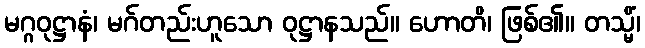
မဂ္ဂဝုဋ္ဌာနံ၊ မဂ်တည်းဟူသော ဝုဋ္ဌာနသည်။ ဟောတိ၊ ဖြစ်၏။ တသ္မိံ၊